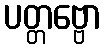
ပတ္တဗ္ဗော